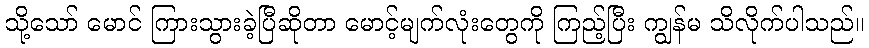
သို့သော် မောင် ကြားသွားခဲ့ပြီဆိုတာ မောင့်မျက်လုံးတွေကို ကြည့်ပြီး ကျွန်မ သိလိုက်ပါသည်။